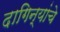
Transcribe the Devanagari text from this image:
दागिन्यांचे